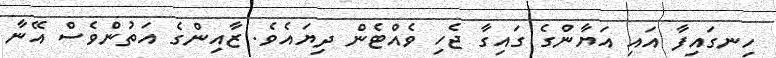
ހިނގައިފާ އައި އަޔާންގެ ގައިގާ ޖެހި ވެއްޓެން ދިޔައެވެ. ޒާއިންގެ އަތުންވެސް އޭނާ